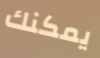
يمكنك